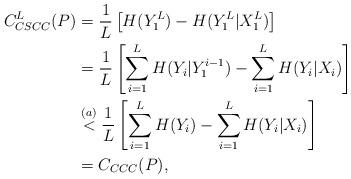
LaTeX: \begin{align*}C_{CSCC}^{L}(P) &= \frac{1}{L} \left[ H(Y_1^L) - H(Y_1^L | X_1^L)\right] \\&= \frac{1}{L} \left[ \sum_{i=1}^{L} H(Y_i | Y_1^{i-1}) - \sum_{i=1}^{L} H(Y_i | X_i)\right] \\&\overset{(a)}{<} \frac{1}{L} \left[ \sum_{i=1}^{L} H(Y_i) - \sum_{i=1}^{L} H(Y_i | X_i)\right] \\&= C_{CCC}(P) ,\end{align*}